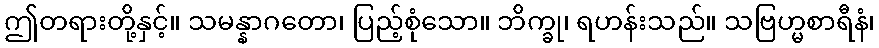
ဤတရားတို့နှင့်။ သမန္နာဂတော၊ ပြည့်စုံသော။ ဘိက္ခု၊ ရဟန်းသည်။ သဗြဟ္မစာရီနံ၊